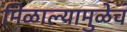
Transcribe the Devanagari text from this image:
मिळाल्यामुळेच